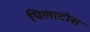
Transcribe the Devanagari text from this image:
पिलाटोस